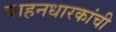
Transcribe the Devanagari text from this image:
वाहनधारकांची